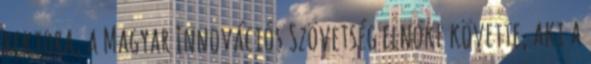
rektora, a Magyar Innovációs Szövetség elnöke követte, aki a